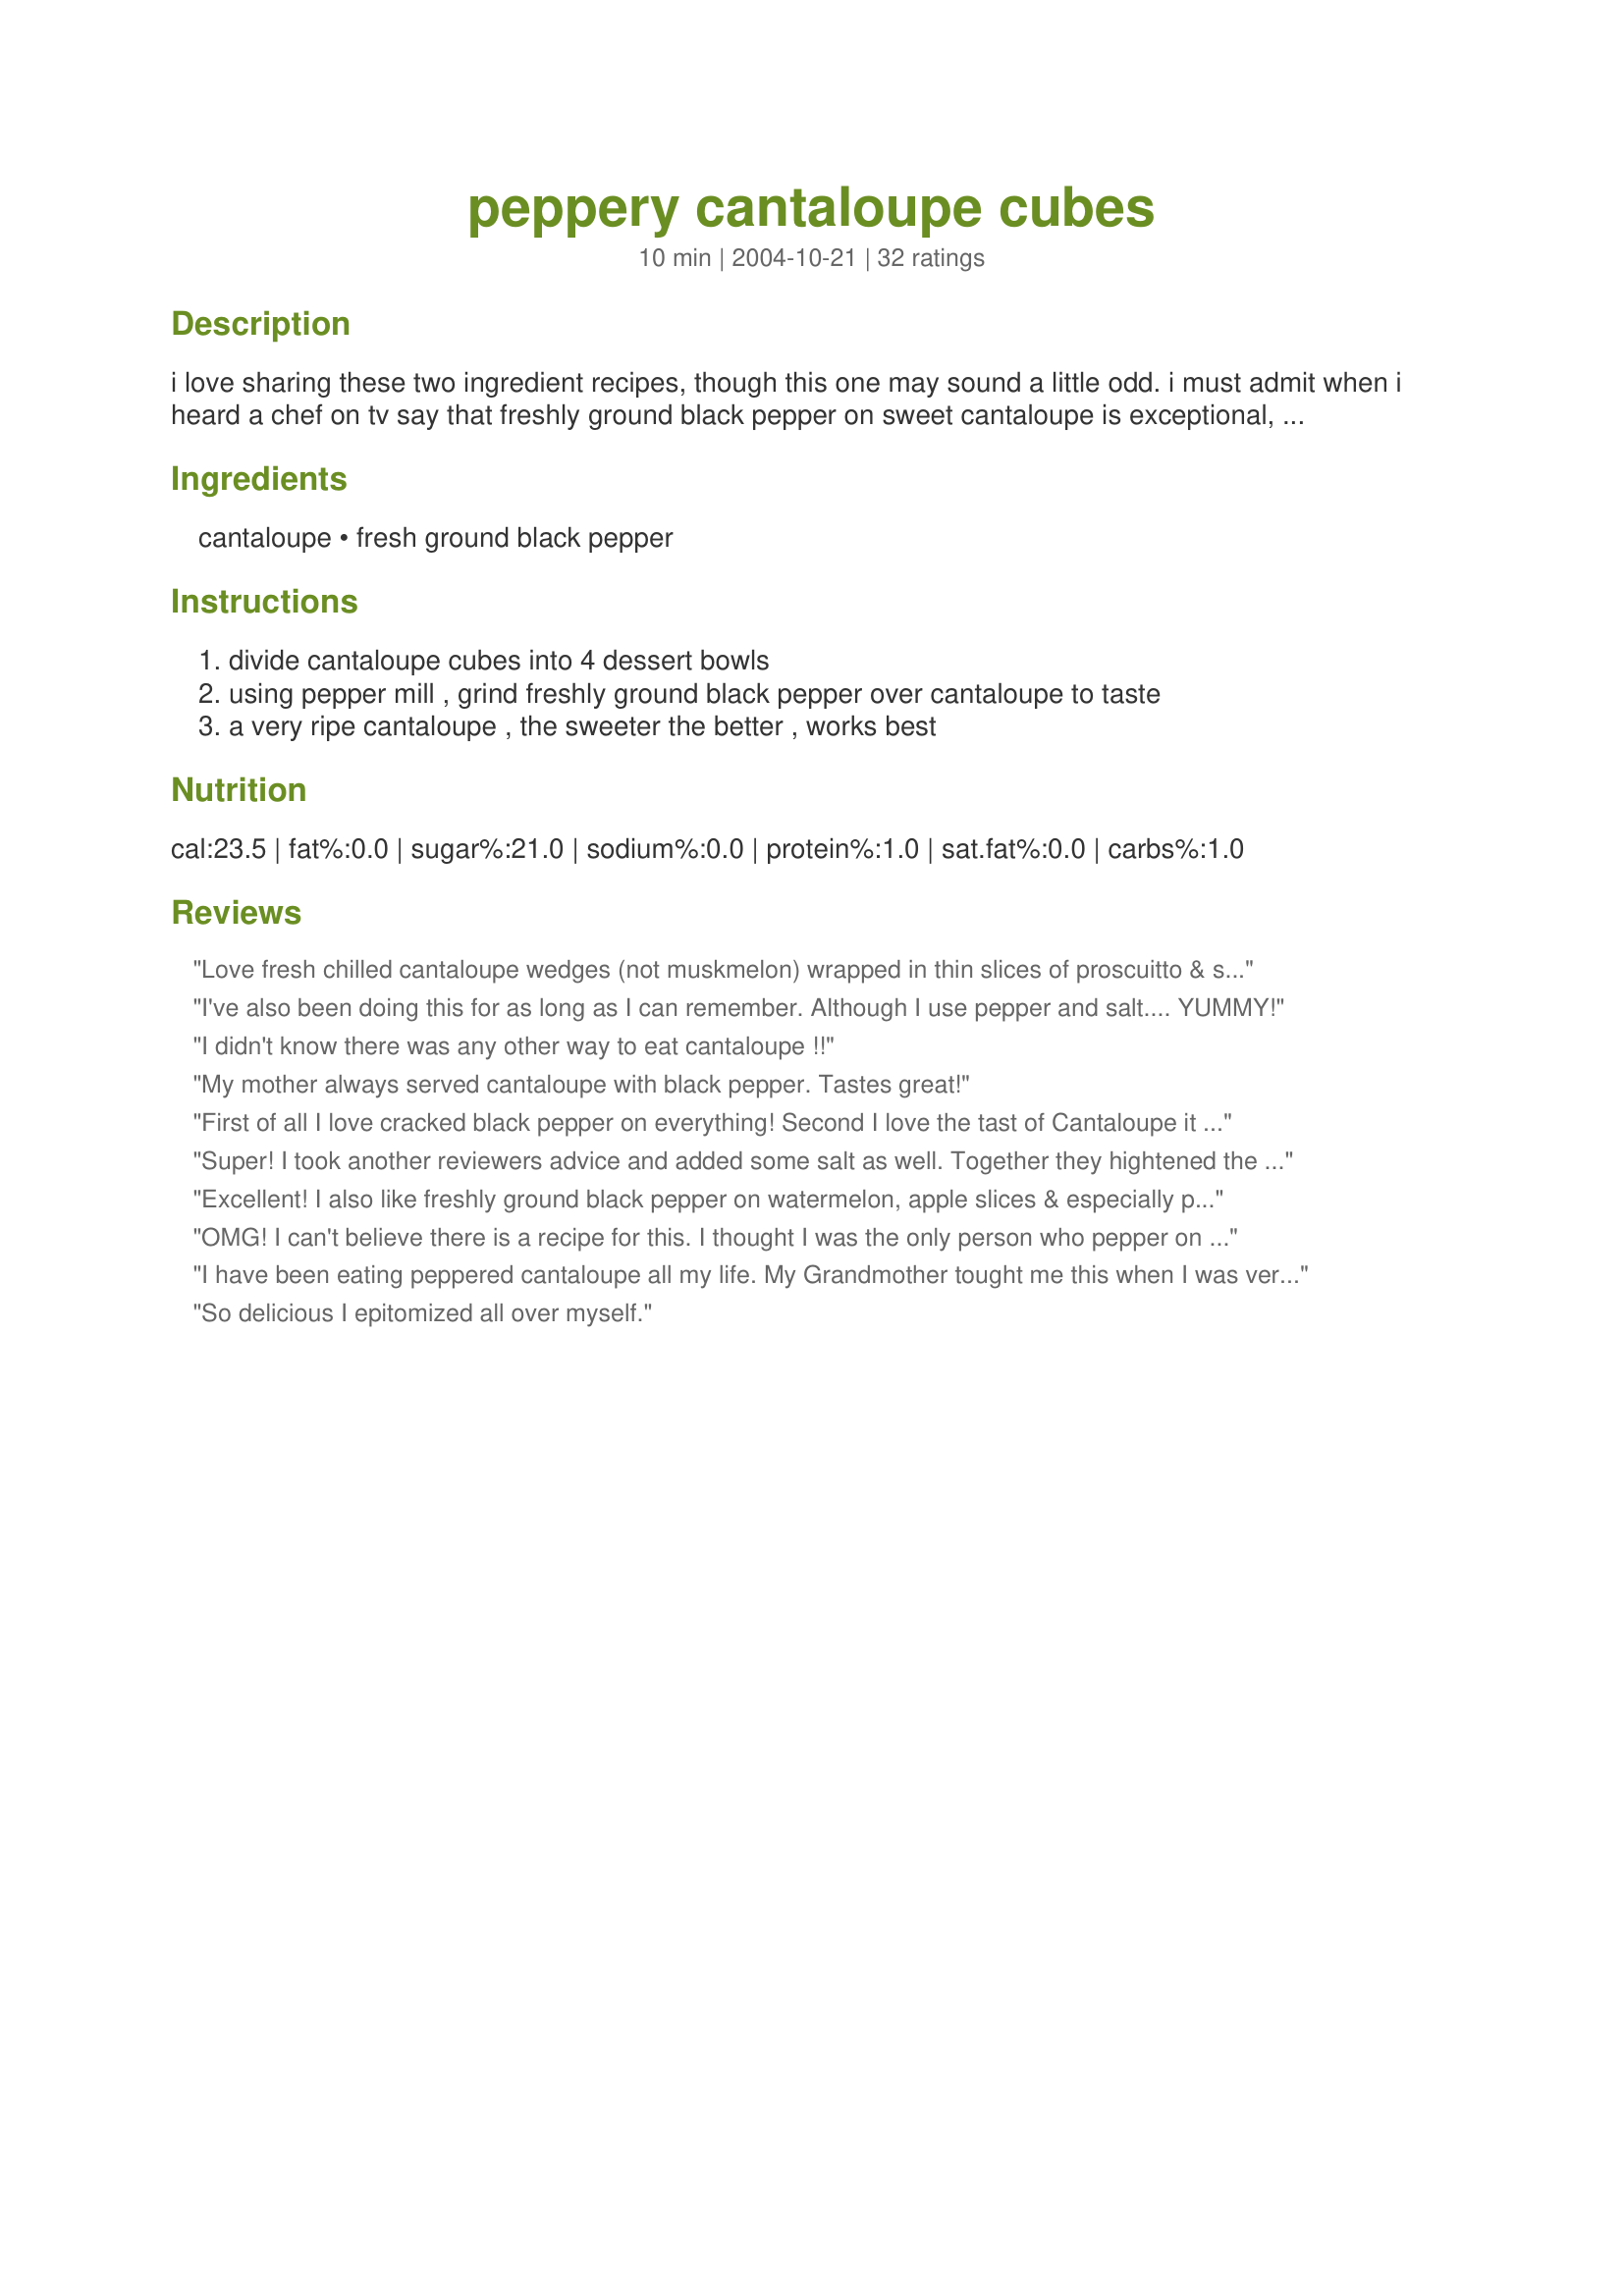
peppery cantaloupe cubes
Preparation time: 10 minutes

i love sharing these two ingredient recipes, though this one may sound a little odd. i must admit when i heard a chef on tv say that freshly ground black pepper on sweet cantaloupe is exceptional, i was thinking more like- bizarre! but once you taste this, especially you cantaloupe lovers, you may never eat it any other way.

Ingredients:
cantaloupe, fresh ground black pepper

Steps:
divide cantaloupe cubes into 4 dessert bowls, using pepper mill , grind freshly ground black pepper over cantaloupe to taste, a very ripe cantaloupe , the sweeter the better , works best

Reviews:
Love fresh chilled cantaloupe wedges (not muskmelon) wrapped in thin slices of proscuitto & sprinkled w/fresh ground black pepper! That with a plate of fat 'mater slices & fresh cukes wedged up with some COLD cottage cheese on the side makes for one of the BEST hot weather meals of all time!Cantaloupe with fresh black pepper is something my parents introduced us to at an early age...Mmmm good! (But the pepper is best when fresh ground) - don't know if it was from the South or the Mediterranean - we simply loved this in the summer with fresh melons from our garden!
I've also been doing this for as long as I can remember. Although I use pepper and salt.... YUMMY!
I didn't know there was any other way to eat cantaloupe !!
My mother always served cantaloupe with black pepper.
Tastes great!
First of all I love cracked black pepper on everything! Second I love the tast of Cantaloupe it being one of my favorite fruits. The combo is awesome!
Super! I took another reviewers advice and added some salt as well. Together they hightened the sweetness of the cantaloupe.
Excellent! I also like freshly ground black pepper on watermelon, apple slices & especially pineapple YUM! Thanks for sharing
OMG! I can't believe there is a recipe for this. I thought I was the only person who pepper on their cantaloupe. My grandfather taught me to cantaloupe this way and I absolutely love it.
I have been eating peppered cantaloupe all my life. My Grandmother tought me this when I was very young. Great taste and works just as well with regular pepper
So delicious I epitomized all over myself.
I never knew there was another way to eat cantaloupe! We have always done this, kinda like putting salt on watermelon! Thanks for sharing this with all the people who haven't been clued in yet!
I would never have imagined putting pepper on cantaloupe and now I know why. It's just bad.
This is not something I would have thought of on my own, though I love sea salt on cantaloupe. But I'd had several friends from Zaar mention it, and had cantaloupe on hand tonite so decided to give it a try. Two of my more adventurous daughters (5 and 12 yrs old) even tried it with me. We all surprised ourselves by loving it! We agreed that it would have to be freshly ground pepper. Add three more of us to the bizarre-cantaloupe-eaters club, lol. Thanks for posting!
I had this for the first time a couple months ago and it's become a staple dish I go to for both dinners and breakfast. Pepper and cantaloupe--they were meant to be--who knew?!
This was something very interesting for me to try out. I loved the burst of pepper flavour on the cantaloupe in my mouth! Incredibly good! I am going to make this for my mom's birthday party! Thanks for posting!
We have always enjoyed cantaloupe this way. Sometimes if the melon is not as sweet as it should be we might sprinkle it with a bit of salt as well. Great way to enjoy melon!
Have been doing this for years, slowly converting my friends over. Fresh ground black pepper is best, but regular will do in a pinch.

Also putting Salt on Grapefruit in stead of sugar. The salt brings out the true sweetness in the grapefruit.
We grew up eating cantaloupe this way. It is absolutely the BEST!
I had never heard of this before and I love canteloupe, so I was really eager to try it, but wasn't nuts about it. I had a very ripe, sweet canteloupe , but I just didn't find that the flavors combined that well to my tastebuds. I do think that the salt is needed as the other reviewers suggested. Not bad, but not a keeper for me.
I LOVE pepper on my cantelope!
And I know this might sound crazy but i also love cantelope with milk gravy (think southern biscuits and gravy with the cantelope in place of the biscuit )...I know sounds insane but the combination of the warm gravy and the cool cantelope with fresh pepper all over is out of this world!
This is not odd at all to me--my father and grandfather always peppered their cantaloupe so I grew up eating it this way. They were from Mississippi so maybe it's a southern thing. :) I usually don't bother cutting it into cubes, though, I just spear a big wedge on a fork and nibble away. :) I, too, sometimes add salt. Thanks for posting this so others can find out how delicious it is!
Not so weird..my family has been eating fruits this 'strange' way for years..if u love this u MUST TRY papaya with pepper and salt on apples. And remember the sweeter the fruit the better the 'odd' combo will taste. ENJOY..and thanks for posting this recipe.
This is the only way to eat plain cantaloupe or honeydew. The cracked black pepper nicely accentuates the sweetness of the melon. Thank you for sharing this tradition!
Thank you Christmas Carol I never would have thought to put pepper on sweet ripe cantaloupe...but...wow...it was so good...I enjoyed this very much...sweet with a hint of warmth...
I've always sprinkled black pepper on my cantaloupe. This is the best way to enjoy it!
I have eaten cantaloupe chunks with fresh pepper my entire life! I love it! I have gotten some rather wierd looks from others at times, but to each his own!
I'm from the South, and this is how I was raised to eat cantaloupe. I thought everyone ate it this way until I got older. I always used black pepper until I got older and went a little more gourmet with it. I keep a pepper mill in the house with a mixture of peppercorns (black, pink, green, white). If you get the chance, try it with a mix...SO GOOD!!!! This is what my summer is all about: a big bowl of cantaloupe with fresh ground pepper!
This is how I eat my cantaloupe. Most of my coworkers think I am nuts. I love black pepper on it. I think this is a must try for everyone. Once you try it, it will be how you eat it from now on!
This was OK -- sort of like the Mexican tradition of sprinkling fruit with lime juice and powdered red chile, only I didn't like this as much.
Not so weird at all! Both my and my husband's family have always eaten canteloupe this way...I always thought it was a "southern thing".
I have also always did the pepper on cantaloupe. Delicious! I sometimes add some chili powder to it to wake it up. YUM!
My grandfather ate canteloupe this way, and he also used salt. I thought that was weird, so I never tried it until now. (I only used pepper, not salt). It's really good!! Everyone should try this.
